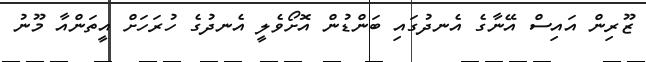
ޒޫރިން އައިސް އޭނާގެ އެނދުގައި ބަންޑުން އޮށޯވެލީ އެނދުގެ ހުރަހަށް އީތަންއާ މޫނު